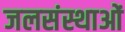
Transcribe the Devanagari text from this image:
जलसंस्थाओं